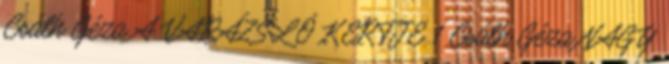
Csáth Géza A VARÁZSLÓ KERTJE 1 Csáth Géza NAGY